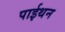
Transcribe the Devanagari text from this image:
पाईथन